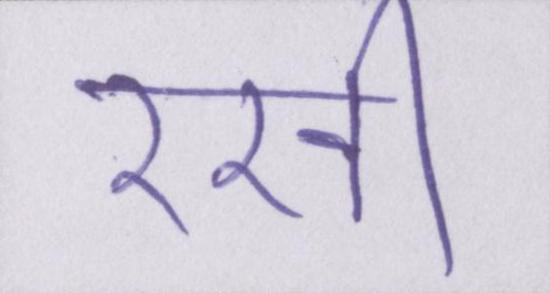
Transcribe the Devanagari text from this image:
रखी